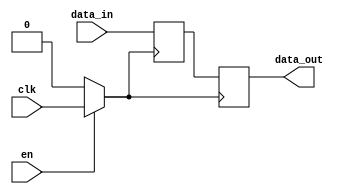
module clock_gated_memory (
    input wire clk,          // Primary clock input
    input wire en,           // Clock enable signal
    input wire [7:0] data_in, // Data input
    output reg [7:0] data_out // Data output
);

// Internal clock signal that gets gated
wire gated_clk;

// Transistor-level clock gating simulation
assign gated_clk = en ? clk : 1'b0;  // Gated clock signal based on enable signal

// Memory array (8-bit wide, 16 locations for example)
reg [7:0] memory [15:0];

// Write process - a simple synchronous read/write memory operation
always @(posedge gated_clk) begin
    // Simple operation for demonstration: Write data on gated clock
    memory[0] <= data_in;   // Writes input data to memory location 0
end

// Read process from memory - for demonstration, reading from location 0
always @(posedge gated_clk) begin
    data_out <= memory[0]; // Assign output based on memory content at location 0
end

endmodule